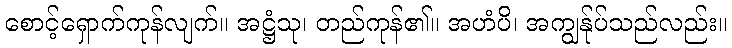
စောင့်ရှောက်ကုန်လျက်။ အဋ္ဌံသု၊ တည်ကုန်၏။ အဟံပိ၊ အကျွန်ုပ်သည်လည်း။